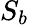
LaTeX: S_{b}